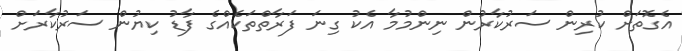
އެގޮތަށް ކުރިން ސަރުކާރުން ނިންމުމާ އެކު ގިނަ ފަރާތްތަކެއްގެ ފާޑު ކިޔުން ސަރުކާރަށް